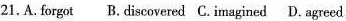
21.A.Forgot B.Discovered C. Imagined D. Agreed